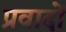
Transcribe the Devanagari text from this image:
प्रवादों